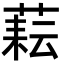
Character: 𦶮